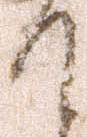
て